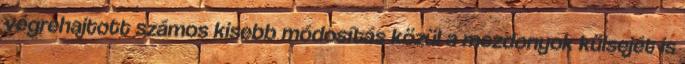
végrehajtott számos kisebb módosítás közül a mozdonyok külsejét is